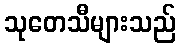
သုတေသီများသည်